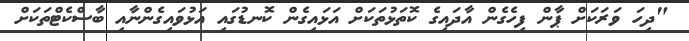
"ދިހަ ވަރަކަށް ޕާން ފިހެގެން އާދައިގެ ކޮތަޅުތަކަށް އަޅައިގެން ކޮނޑުގައި އަޅުވައިގެންނާއި ބާސްކެޓްތަކަށް